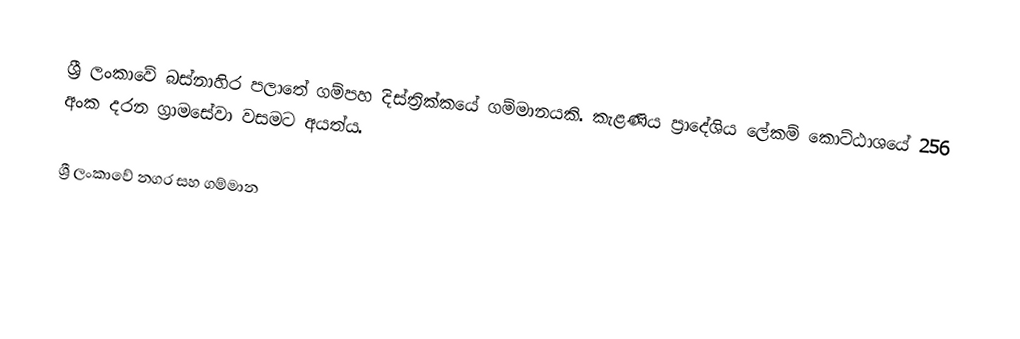
ශ්‍රී ලංකාවේ බස්නාහිර පලාතේ ගම්පහ දිස්ත්‍රික්කයේ  ගම්මානයකි. කැළණිය ප්‍රාදේශිය ලේකම් කොට්ඨාශයේ 256 අංක දරන ග්‍රාමසේවා වසමට අයත්ය.

ශ්‍රී ලංකාවේ නගර සහ ගම්මාන